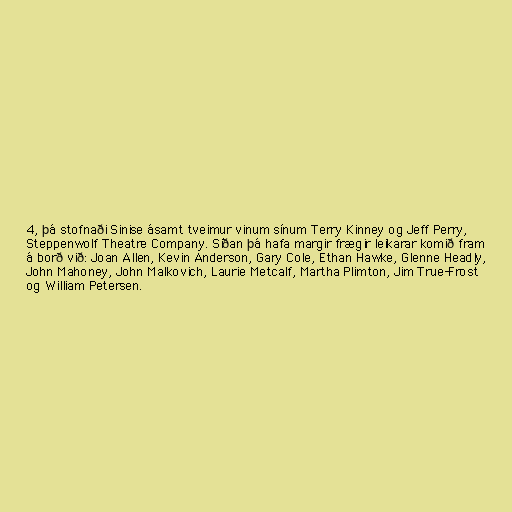
4, þá stofnaði Sinise ásamt tveimur vinum sínum Terry Kinney og Jeff Perry,
Steppenwolf Theatre Company. Síðan þá hafa margir frægir leikarar komið fram
á borð við: Joan Allen, Kevin Anderson, Gary Cole, Ethan Hawke, Glenne Headly,
John Mahoney, John Malkovich, Laurie Metcalf, Martha Plimton, Jim True-Frost
og William Petersen.